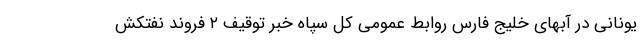
یونانی در آبهای خلیج فارس روابط عمومی کل سپاه خبر توقیف ۲ فروند نفتکش